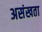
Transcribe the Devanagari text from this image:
असंखता